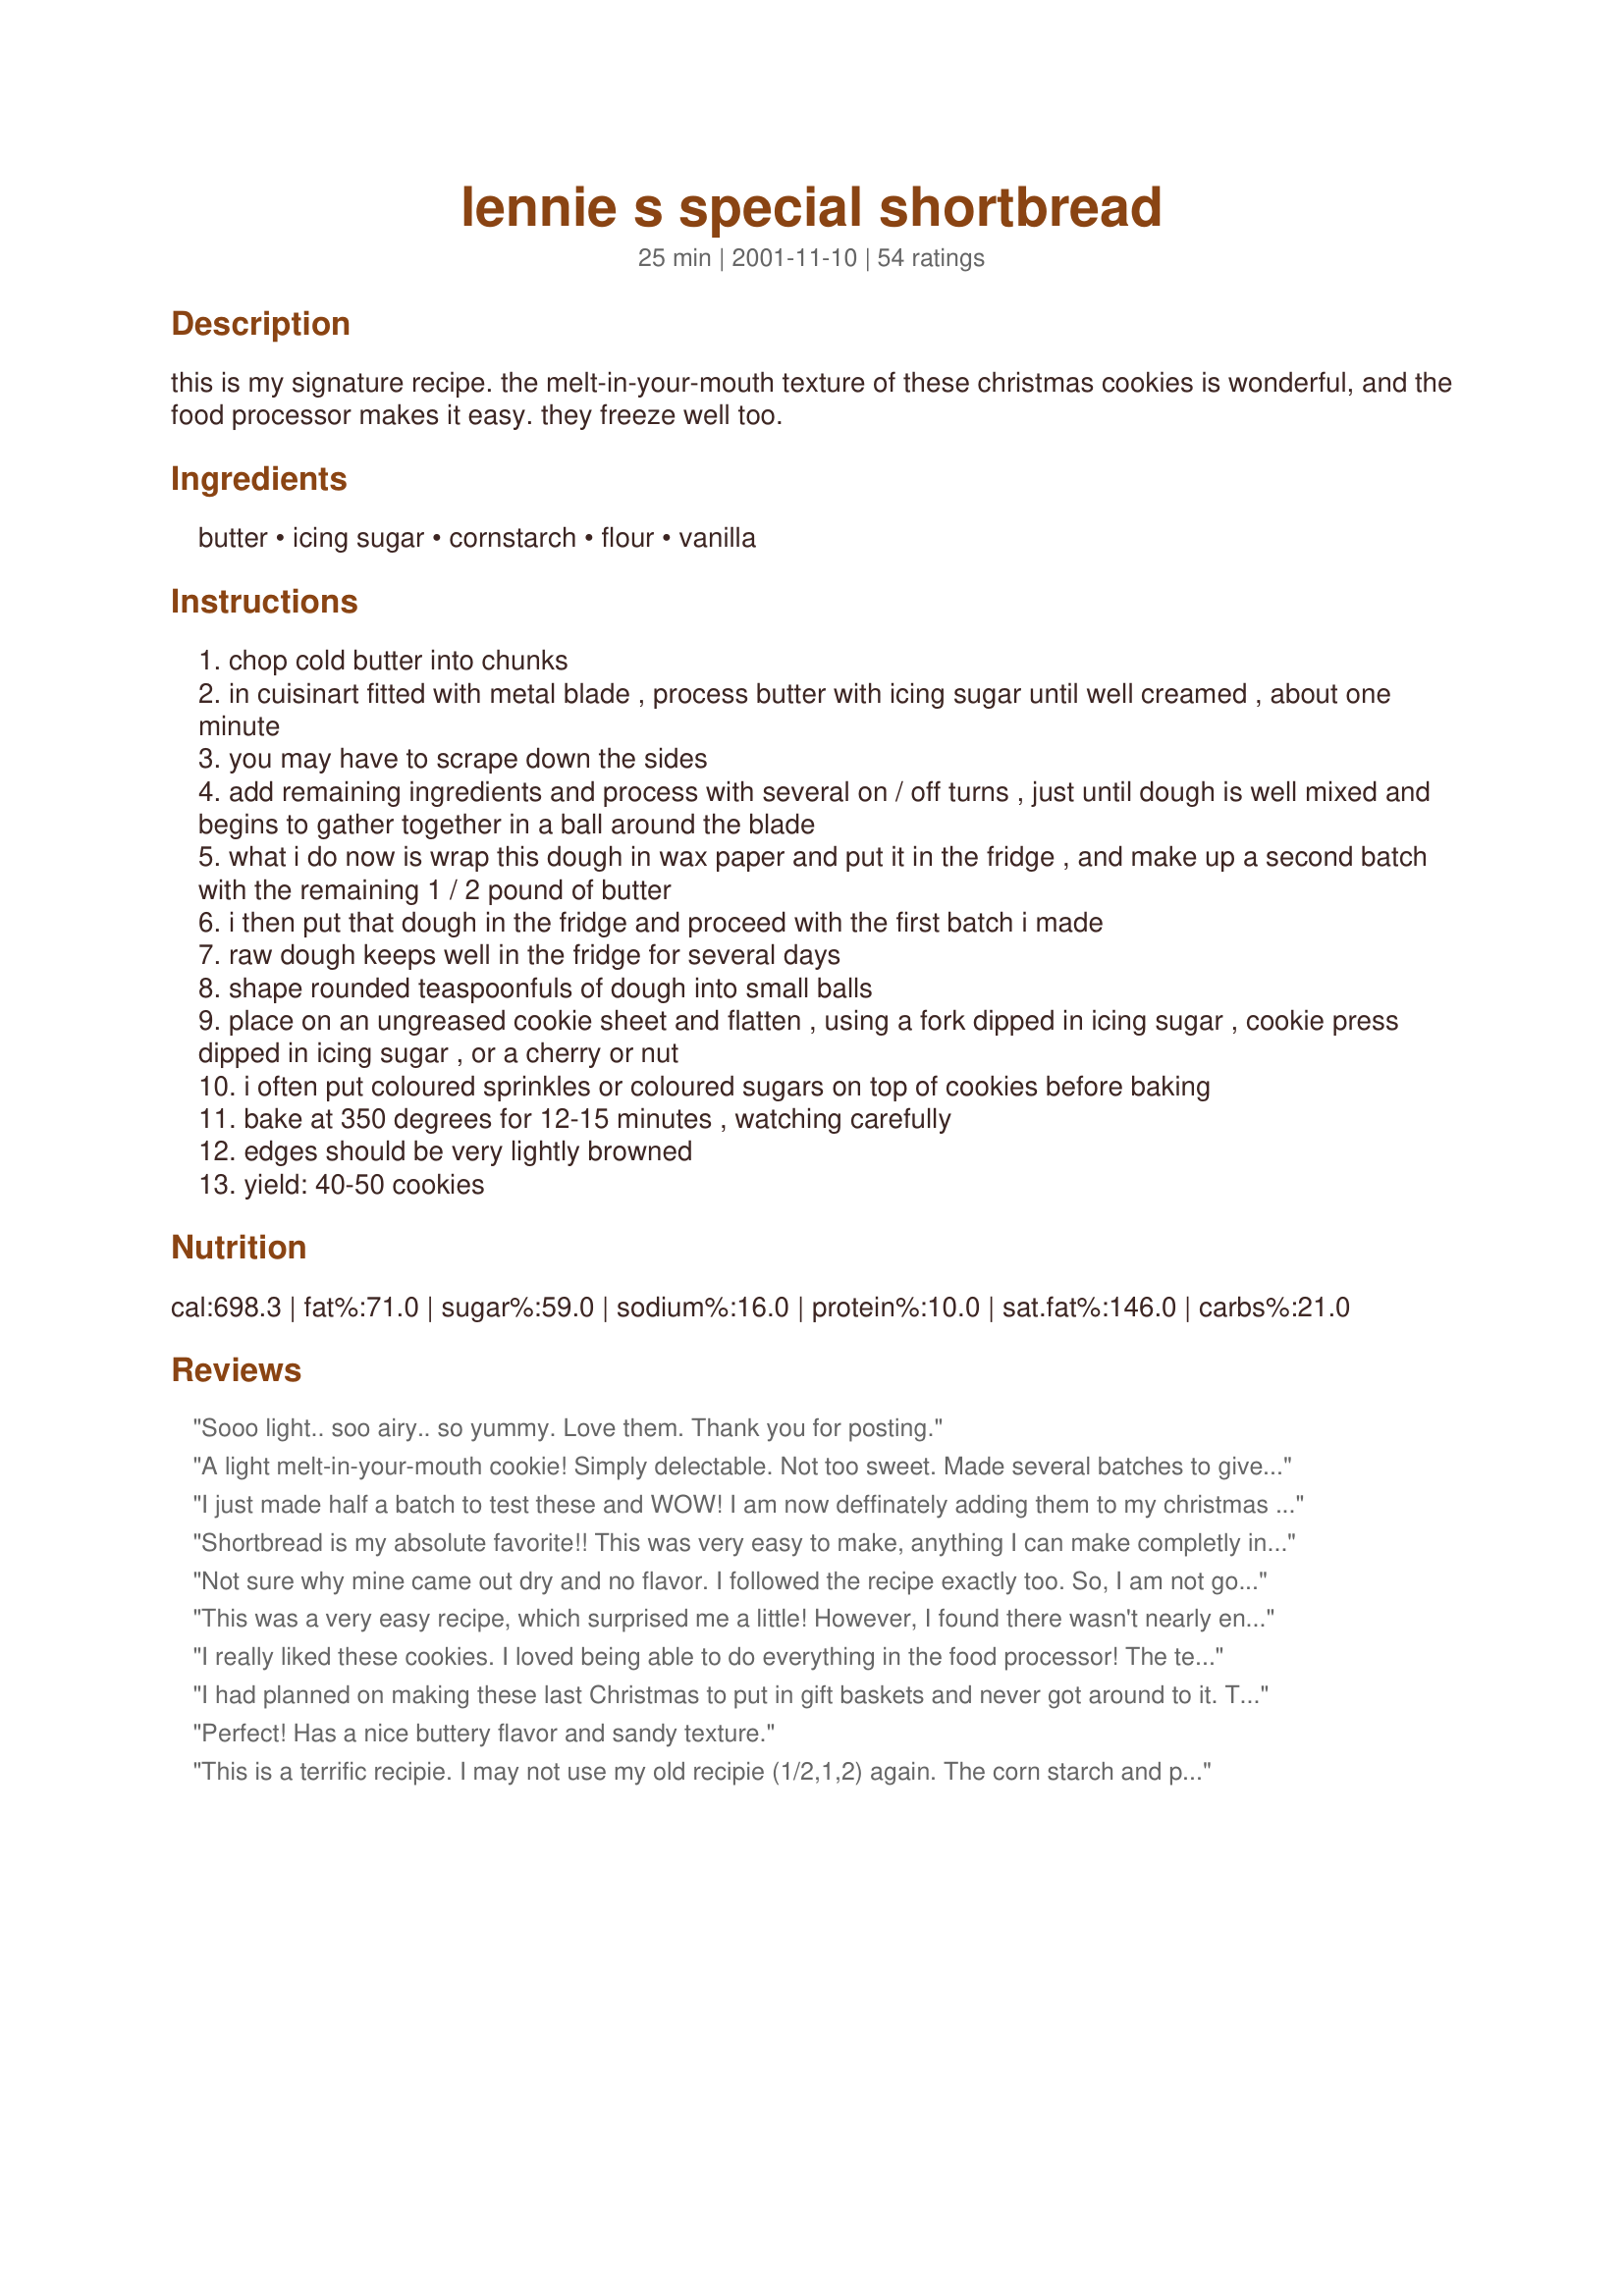
lennie s special shortbread
Preparation time: 25 minutes

this is my signature recipe. the melt-in-your-mouth texture of these christmas cookies is wonderful, and the food processor makes it easy. they freeze well too.

Ingredients:
butter, icing sugar, cornstarch, flour, vanilla

Steps:
chop cold butter into chunks
in cuisinart fitted with metal blade , process butter with icing sugar until well creamed , about one minute
you may have to scrape down the sides
add remaining ingredients and process with several on / off turns , just until dough is well mixed and begins to gather together in a ball around the blade
what i do now is wrap this dough in wax paper and put it in the fridge , and make up a second batch with the remaining 1 / 2 pound of butter
i then put that dough in the fridge and proceed with the first batch i made
raw dough keeps well in the fridge for several days
shape rounded teaspoonfuls of dough into small balls
place on an ungreased cookie sheet and flatten , using a fork dipped in icing sugar , cookie press dipped in icing sugar , or a cherry or nut
i often put coloured sprinkles or coloured sugars on top of cookies before baking
bake at 350 degrees for 12-15 minutes , watching carefully
edges should be very lightly browned
yield: 40-50 cookies

Reviews:
Sooo light.. soo airy.. so yummy. Love them. Thank you for posting.
A light melt-in-your-mouth cookie! Simply delectable. Not too sweet. Made several batches to give away to family and friends.<br/><br/>I added chocolate chips to the first batch for a work colleague with a sweet tooth, then simply used various holiday-themed sprinkles on the other cookie batches to make them really festive and special; packaged them in clear plastic stemmed drink glasses, overwrapped with clear cling wrap for a really elegant presentation.<br/>Lennie, thanks for posting this yummy recipe.
I just made half a batch to test these and WOW! I am now deffinately adding them to my christmas cookie list! I also mixed these by hand. I used margarine as that is all I had at the time and it did not seem to affect the reipe. I used a dark pan, it took 9 minutes to cook instead.
Shortbread is my absolute favorite!! This was very easy to make, anything I can make completly in my food processer is an automatic 5 stars! These melt in your mouth, so good with a cup of tea. I added some finely chopped pecans to part of the batch, and loved them. Thanks for this wonderful recipe!!
Not sure why mine came out dry and no flavor. I followed the recipe exactly too. So, I am not going to give this recipe any stars until I have a chance to try the recipe again since everyone here rated it so high. Also, the ingredients don't match with the directions particularly in step 4. So does that mean to double up on all ingredients to make another batch? If so, what is the reason we have to do it seperately instead of one shot.
This was a very easy recipe, which surprised me a little! However, I found there wasn't nearly enough butter to keep the dough together, and I added 1/2 cup. I also substituted the cornstarch with flour. I didn't even need to refrigerate the dough to roll it out and cut out shapes! It was very good--I baked it at 350* for 12 minutes and I think they were actually a little too crisp (but just barely). Then I melted down chocolate and put it on the cookies--it was heavenly! Thanks for the recipe! :)
I really liked these cookies. I loved being able to do everything in the food processor! The texture and taste are wonderful. I did add finely chopped pecans to mine.
I had planned on making these last Christmas to put in gift baskets and never got around to it.
Today I've been doing some baking and just felt like shortbread.
These definitely are melt in the mouth morsels, and they will be going in this years gift baskets!
Perfect! Has a nice buttery flavor and sandy texture.
This is a terrific recipie. I may not use my old recipie (1/2,1,2) again. The corn starch and powdered sugar made a cookie that's absoutly melt-in-the-mouth! DH doesn't go for shortbread much. He loved the tenderness of these cookies.
This has got to be the perfect shortbread cookie. The texture is unbelievable. Easy recipe too. Me and hubby were blown away by how good they were. Thank you so very much.

Gibblet
Never made shortbread before, but all the great reviews convinced me to give it a try. This will be a permanent addition to my holiday recipes! Thank you, Lennie! These were so easy and so rich! just super with a cup of tea or coffee! I'm hoarding the ones that were left after the goodies were parceled out!
Lennie, I made these shortbread cookies for Christmas gift baskets. Your recipe produces the most delectable shortbread I have ever eaten. Not too sweet; just perfect! They are delicious plain as well as with sprinkles or icing. When I wrapped the dough in wax paper, I made two equal logs. Later, I just sliced off 1/4-inch thick slices and baked them per your instructions. My family loved them so much that I have had to make 3 batches to get my gift baskets finished. Thanks for sharing! :-)

Excellent shortbread cookie! I have tried many and this one is the best by far. The flavours blend nicely, there is no overpowering butter or almond flavours that dominate like others I've tried.

Thanks Lennie!
A great recipe, especially when you're making LOTS of cookies for Christmas. Vary with cardamon, lemon zest, finely chopped nuts for a variety of tastes. I'd give this one 6 stars! Thanks.
Very good cookie! Has that great melt in your mouth texture you want in a shortbread cookie.
These were sweeter than the shortbread I'm used to but they were very good. My second batch I used as a crust for a pie and it turned out excellent. Thanks for the recipe.
Wonderful, Lennie! There's not much more I can add to what's already been said about this shortbread! I followed the recipe exactly as posted, and the results were a light, buttery, melt in your mouth cookie! I added a few "Christmas" sprinkles to each cookie and they look great! Just one problem...... I can't stop eating them! I made a double batch and am going to put them in the freezer.. RIGHT NOW! If I don't, there will be none left for Christmas! Thanks for this tasty recipe, Lennie!
Wonderful Shortbread! I couldn't use my food processor as it was not working, so I used my kitchenaid mixmaster - they turned out great! Very easy to make and the dough was very easy to roll into balls. I too added some sprinkles to the top. A delicious, soft, buttery shortbread! Thank-you for sharing!
Thank you Lennie, I made this for my girlfriend as a gift at christmas time. She just love them, because I was able to make them Gluten free as she can not eat wheat. she has been missing her shortbreads. I used gf cornflour and icing sugar and you would not know that it was GF. :)
OMG! These cookies are absolutely delicious! Followed recipe exactly as written. Does not need a thing! try this recipe you will not be sorry! I ate 5 of them already!
Thanks Lenny! Melt in your mouth!
Perfect shortbread! and easy too!
Two tips:
- use salted butter, it seems to have better flavour in the end.
- Don't pour the vanilla on the dry ingredients or you end up with brown specks in the dough.
Another perfect recipe by Lennie!! I have tried dozens of shortbread recipes but have not been able to find a no-fail recipe that's easy to make - until now that is! Follow this recipe exactly & you'll be so pleased with the results. Thanks, Lennie!!
I made these this morning, but I had to add vanilla extract and a touch of almond extract to the recipe. They were really good. Thanks for sharing!!
Excellent dough for a cookie press once it's a bit warm. Topped with melted white chocolate - wonderful!
These cookies live up to its name! They truly are special lol They are So good but the bad thing about them is they are super addicting lol Not to figure friendly for me lol But it hasnt stopped me from eating them! They melt in your mouth! But be aware the cookies are very fragile! Yummmm Im going to go grab another one lol Thank you for sharing!!
Wow, melt in your mouth shortbread. I made these for a cookie exchange and they were a hit. The family was complaining I only saved a dozen for them, so ended up making another batch. Thanks for posting Lennie.
These are the best cookies I have ever made!!!!!! My husband brought them to work at the Firehouse. Now all the guys wives are calling me for the recipe:) You won't be sorry if you try these.
Lennie, these are "melt-in-your-mouth" yummy! I made the mistake of tasting the dough before baking (which didn't taste like much at all) and I worried that the cookies would be bland! Not so! I shaped the dough into 1 inch balls and then used small cookie stamps dipped in confectioners' sugar. I sprinkled most the cookies with red and green sugar....a couple I just used colored sprinkles. The ones with sugar tasted great but I really didn't care for the ones with just the sprinkles...I don't think these cookies are overly sweet and need that bit of sugar on top. I got a little over 40 cookies and needed 9-10 minutes bake time. Thanks for sharing...everyone really loved these and they will be on all future cookie trays!
Now I know why Lennie suggests making a double batch. OMG these are addictive little morsels. Absolutely delicious. I put colored sprinkles on top. Thanks Lennie.
I made several batches of these cookies this holiday season and loved them every time! The food processor made quick work of the dough and the cookies were the perfect texture and not overly sweet. I glazed them with shiny cookie frosting and they were a family favorite!
Lennie, I can sum up this recipe in one word--WOW!

The shortbread "mixed-up" and "baked-up" beautufully! The result a melt in your mouth cookie.
These were a big hit at DH's office. Thanks!
These were wonderful! I gave them as gifts to the folks at the local community theater, and everyone raved about them. But the best compliment of all -- they all wanted the recipe!
I don't want to rate this because I'm sure I must have done something wrong. Either the matte finish on my cookie sheets or the fact that I didn't refrigerate the dough before rolling into balls resulted in a melted, half burned mess.
Lennie, these are the BEST shortbread cookies I have ever made. This is the first time I have used cornstarch in shortbread too. The dough was simple to make in the food processor and it stayed together beautifully. Took Dee514's advice about the tin foil lined cookie sheets and that works great too. Thx so much for sharing your recipe. I will make this often.
Lennie, These cookies are truly the best! So easy to make...I baked up a double batch for the cookie tray, and only had about half left when I put the tray together, LOL. 
I dipped half the batch (half way up) in melted semi-sweet chocolate.....WOW! They looked beautiful and tasted fantastic!
Thanks so much for posting it.

Oh, btw, all my cookie sheets have a matte finish, so I lined the sheet with tin foil (shiny side up), and that seemed to work out just fine....and no pan to wash ;)
Still not the perfect shortbread cookie for me, but very good and easy to make. I don't have a large food processor, so I used my Kitchenaid mixer. It worked out fine.
Oh, these melt in your mouth. I included these in our 2010 holiday trays for family and friends. We doubled the recipe and sprinkled them with green sugar and topped with a maraschino cherry half. They looked so festive and a great addition to our trays. Thank you so much for sharing this with us.
I love this recipe. These shortbread cookies just melt in your mouth, they're fabulous. Thanks for this recipe Lennie!!
I,ve made this recipe several times now and its Wonderful.Its really got that wonderful Melt in the mouth Texture.For variation i,ve added some finely grated Leomon rind and sprinkled the biscuits with finely chopped pecans just presed into the tops prior to baking.
This was wonderful & very easy! This was my first time making shortbread & was impressed with the results! I used tin foil which worked great & was inspired to dip the cookies in chocolate & add rasberry thumbprints etc.. perfectly delectable for the season - thanks for posting!
Oh my! You bite into these and they just melt in your mouth. These have to be the BEST shortbread cookies ever! I made the double batch (this is a very easy recipe), and I put Christmas colored decorations on top before baking. These will make a pretty addition to the Christmas cookie platter. Thanks Lennie, this recipe will get used often!
OMG these are so good!!! I have been testing shortbread recipes for the holidays, these will definatly be on my goodie tray, they hold together beautifully and are just the perfect texture! great recipe Lennie, thank for sharing!...Kitten:)
I love this shortbread -- and so does my family -- every Christmas I bring a batch of this along with me and they're gone in a flash. One thing I do that makes it easier is make the dough into a log before refrigerating -- then I just slice off the cookies and sprinkle with coloured sugar -- perfect every time! Thanks Lennie -- great recipe :)
We have been making shortbread like this for years, minus the vanilla. My Mom got the recpe from an elderly English woman (who swore her to secrecy). She eventually passed the recipe on to me. We always worked ours by hand, until I developed carpal tunnel. Now I mix it in my KA mixer and it works like a charm. I use a 1 Tbsp cookie scoop & a stamp dipped in sugar to flatten. I will get 5 dozen out of a double recipe (1 lb of butter). I always line my cookie sheets with baking parchment. This recipe also lends itself to rolling and cutting should anyone wish to. Just be sure not to mix quite as long as recipe states if you would like to roll & cut yours. This shortbread is always a part of my Christmas gift giving tradition. I aways get requests for the shortbread & containers returned for refills!
these are the best and super easy.
This recipe deserves more stars than 5! I added some crushed pecans to the batter...Good thing I was thinking of this recipe while I was in the grocery eyeing those pecan sandies cookies...These blow them away! Ok Lennie, these are officially on my holiday cookie list...and on my every time in-between list! Thank you for your special shortbread cookies!
I just made this recipe, it is very similar to ones I have made in the past. I didn't use a food processor but mixed the ingredients by hand and used butter at soft room temperature. Mine turned out "melt in your mouth texture" doing it this way too. Delicious & thanks for the recipe.
I loveeeee these!! Shortbread is some of our favorite stuff -- so delicious with either coffee or tea. My hubby is going out of town on business so I baked these up for him to take along with him and boy, is he a happy boy! The only shiny baking sheets I have are insulated and I made the first two sheets on these and it took over 19 minutes and never really did begin to brown :( soooo... I changed over to my dark sheets and they cooked in 13 minutes and were picture perfect. The insulated cookie sheets are in our Salvation Army boxes ready to go :) Thanks again so very much for this absolutely perfect recipe!! Dianne
Easy to follow recipe.
Only i didnt get nearly as many cookies, only got 30 cookies from my batch, so i was rather worried at per cookie they would be a little too many calories and fat by the look of the butter used in shortbread generally. I would probably try to reduce the butter to 3/4 cup and add 1 egg yolk and see how well that goes. Also to make smaller cookies although the cookies i made were not large by far, they were average sized, perhaps they should have been flatter? Still i gave this 5 star as it is a good base for shortbread as any.
These are great shortbread. I made two batches, the first just as the recipe. The second I added two teaspoons of lemon extract instead of vanilla. I iced them with a lemon icing.
Excellent shortbread recipe. I also made a batch of my old whipped shortbread recipe. They are quite similar yet different -- if that makes sense! Thanks.
Lovely shortbread with a wonderfully light texture. I wrapped some around cherries, baked and then rolled in icing sugar to make cherry snowballs. I pressed some into mini muffin pans to make little tart shells that I baked then added raisin pie filling to. The rest I made up as cookies. The dough worked perfectly for all of these uses! Plus I found it very easy to work with. By the way, I mixed these by hand since my food processor is broken, and that worked well too (takes a while though). Thanks for posting this Lennie, it's a favourite already!
